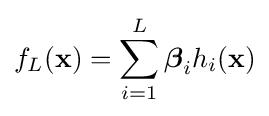
f_{L}({\bf {x}})=\sum _{i=1}^{L}{\boldsymbol {\beta }}_{i}h_{i}({\bf {x}})